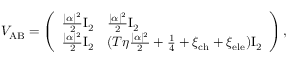
V _ { \mathrm { A B } } = \left( \begin{array} { l l } { \frac { | \alpha | ^ { 2 } } { 2 } \mathrm { I } _ { 2 } } & { \frac { | \alpha | ^ { 2 } } { 2 } \mathrm { I } _ { 2 } } \\ { \frac { | \alpha | ^ { 2 } } { 2 } \mathrm { I } _ { 2 } } & { ( T \eta \frac { | \alpha | ^ { 2 } } { 2 } + \frac { 1 } { 4 } + \xi _ { \mathrm { c h } } + \xi _ { \mathrm { e l e } } ) \mathrm { I } _ { 2 } } \end{array} \right) ,